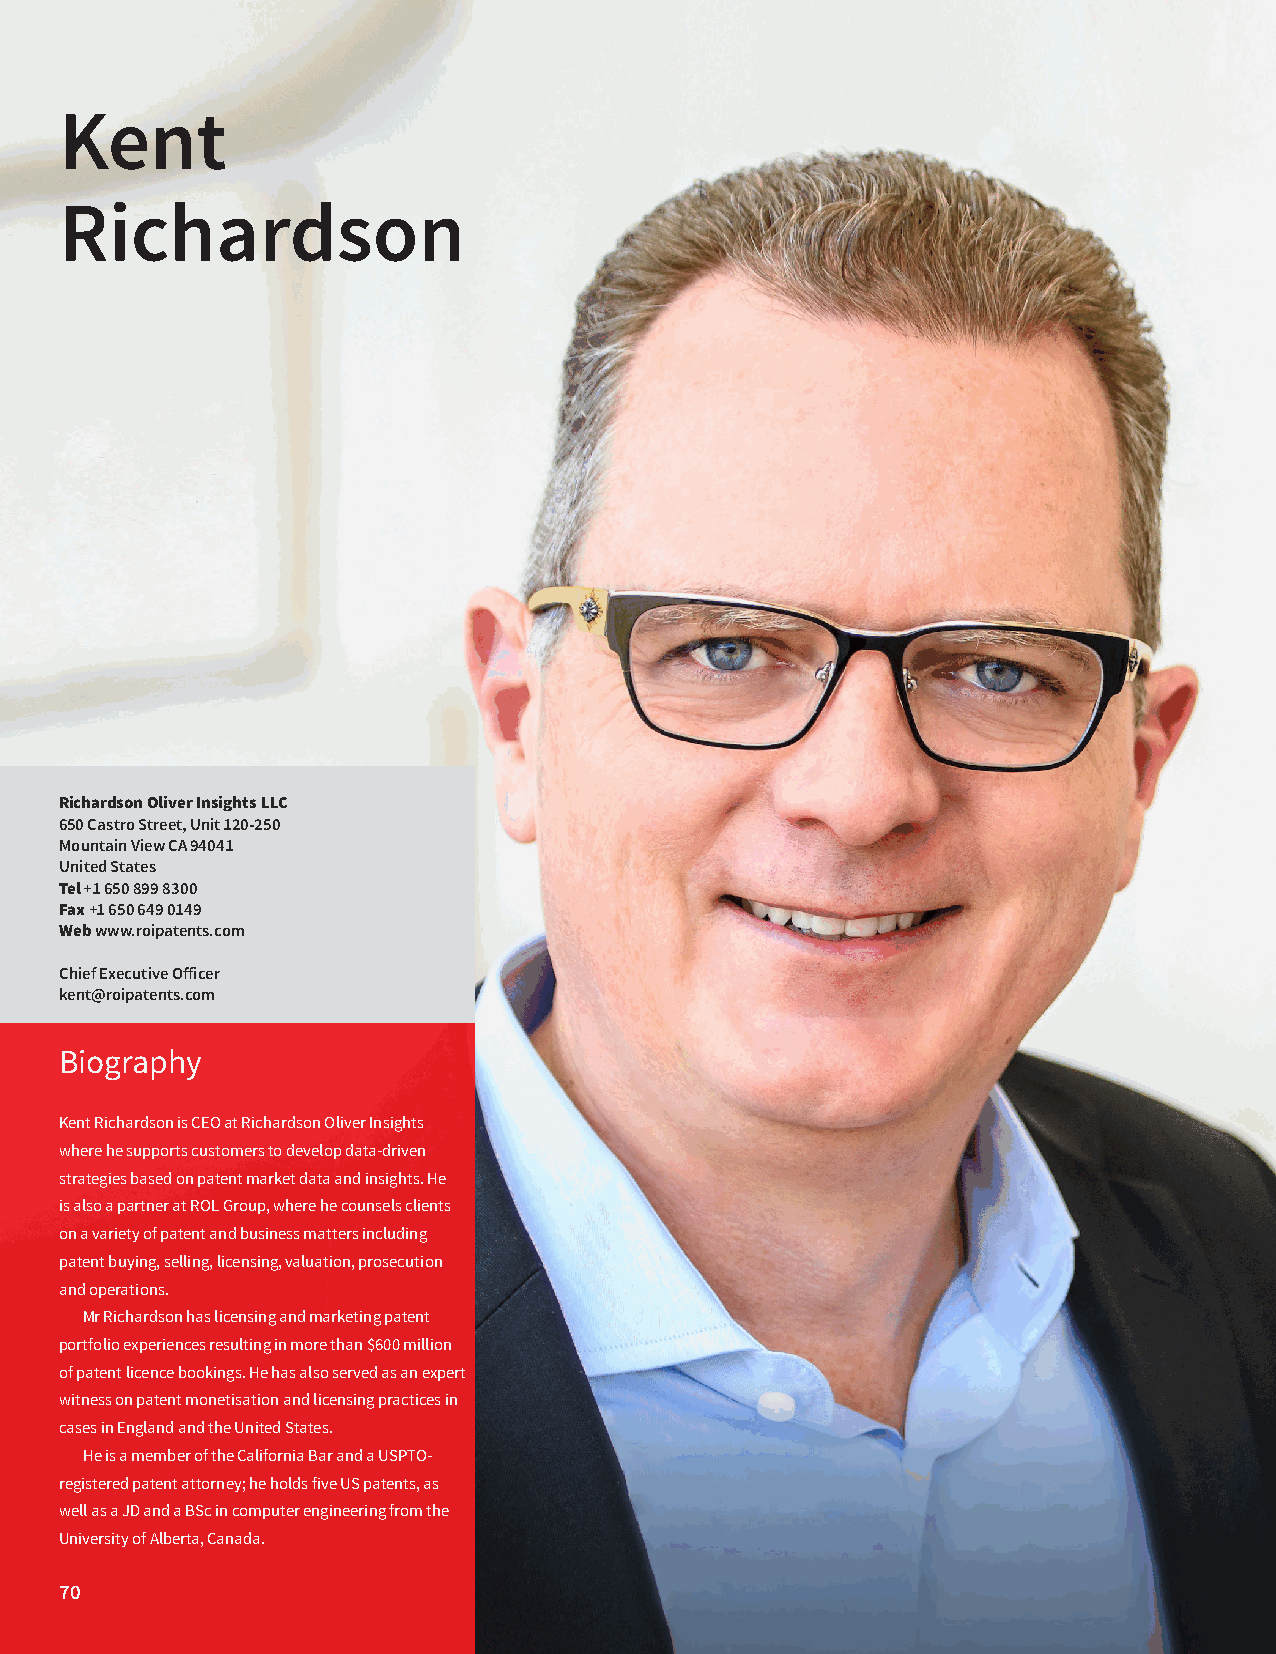
Kent
 Richardson
 Richardson Oliver Insights LLC
 650 Castro Street, Unit 120-250
 Mountain View CA 94041
 United States
 Tel +1 650 899 8300
 Fax +1 650 649 0149
 Web www.roipatents.com
 Chief Executive Officer
 kent@roipatents.com
 Biography
 Kent Richardson is CEO at Richardson Oliver Insights
 where he supports customers to develop data-driven
 strategies based on patent market data and insights. He
 is also a partner at ROL Group, where he counsels clients
 on a variety of patent and business matters including
 patent buying, selling, licensing, valuation, prosecution
 and operations.
 Mr Richardson has licensing and marketing patent
 portfolio experiences resulting in more than $600 million
 of patent licence bookings. He has also served as an expert
 witness on patent monetisation and licensing practices in
 cases in England and the United States.
 He is a member of the California Bar and a USPTO-
 registered patent attorney; he holds five US patents, as
 well as a JD and a BSc in computer engineering from the
 University of Alberta, Canada.
 70